Lunatic asylums Madras 1892-1911 - 1892-1911
Year: 1892
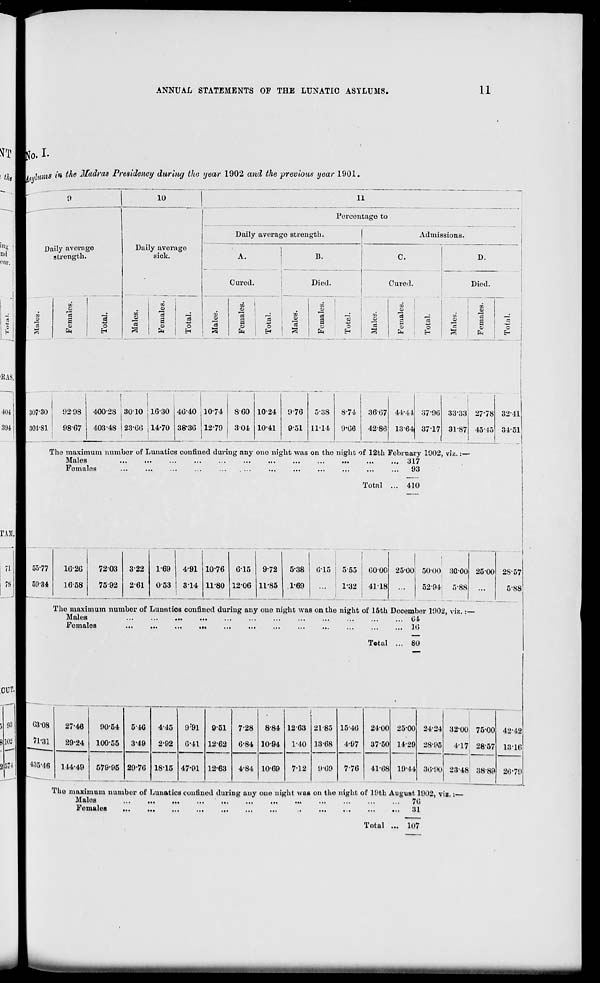
ANNUAL STATEMENTS OF THE LUNATIC ASYLUMS.
11
Jo. !•
Hnis *♦» the Madras Presidency during the year 1902 and the previous year 1901,
Daily average strength
Daily average
strength.
11
Percentage to
Died.
~71
__:
DO
is
«
•a
a
o
sS
o
fe
o
£-1
93
Admissions.
Cured.
00
p
o
&4
D.
o
£
Died.
02
Q
-a
s
o
Pn
o
EH
307-30
02-98
301-81 ; 98-67
1
I
400-28 30-10 ; 16-30
403-48 I 23-0(5 i 14-70 :i8-3(»
5-:iS
11-14
8-74
9*06
36-07
42-86
44-41 37-96
1364 3717
33-33
31-87
27-78
45-15
3211
34-51
_
The maximum number of Lunatics confined during any one night was on the night of 12th February 1902, viz.:—
Males
...
...
•••
...
•••
•••
•••
•••
•••
•••
•••
• •• 317
Females
...
...
...
...
...
...
...
...
...
•■•
...
•••
93
Total ... 410
55-77
50-34
1026 i 7203
16-58 I 75-92
322
1-69
4-91 10-76 615
9-72
5-38
0-15 5-55
60-00 25-00
2-61 053
314
1
11-80 1206 11-85 .1-69
...
1-32 4118 ...
50O0 3000
52-94 5-88
25-00 28-57
5-88
The maximum number of Lmvatics confined during any ouo night was on the night of 15th December 1902, viz. :-
Males
...
...
...
...
...
...
...
...
...
... 04
Females
Total
.. 16
.. 80
03-08
71-31
435-46
27-46
29-24
90-54
100-55
5-40
3-49
4-45
2-92
9'91
6-41
9-51
12-62
12-63
7-28
6-84
8-84
10-94
>
1263
1-40
7-12
144-49
579-95 29-76 1815 47-91
4-84 10-69
2185
13-68
909
1546
4-97
7-76
24-00
3750
41-08
25-00
14-29
19-14
24-24
28-95
32-00 75-00
4-17 2857
30-90 23-48 38-89
42 - 42
13 16
26-79
The maximum number of Lunatics confined during any one night was on the night of 19th August 1902, viz.:—
Males
70
Females
...
...
...
...
..
...
...
...
..>
31
Total ... 107